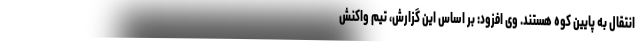
انتقال به پایین کوه هستند. وی افزود: بر اساس این گزارش، تیم واکنش